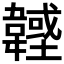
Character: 𩏟